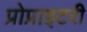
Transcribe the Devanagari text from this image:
प्रोप्राइटरी